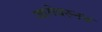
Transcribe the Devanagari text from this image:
जागेवरूनच